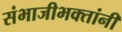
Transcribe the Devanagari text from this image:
संभाजीभक्तांनी